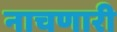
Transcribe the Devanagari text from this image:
नाचणारी